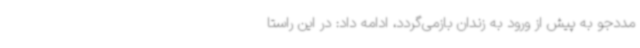
مددجو به پیش از ورود به زندان بازمی‌گردد، ادامه داد: در این راستا